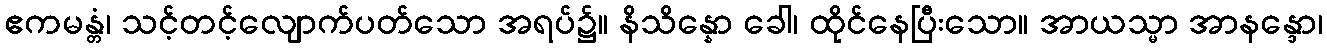
ဧကမန္တံ၊ သင့်တင့်လျောက်ပတ်သော အရပ်၌။ နိသိန္နော ခေါ၊ ထိုင်နေပြီးသော။ အာယသ္မာ အာနန္ဒော၊